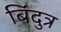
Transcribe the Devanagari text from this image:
बिंदुत्र